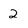
Character: 2